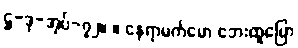
ဋ္ဌ-ဒု-အုပ်-၇၂။ ။ နေရာမက်မော ဘေးထူပြော